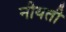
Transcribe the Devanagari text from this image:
नीयती